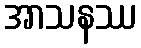
အာသနဿ